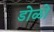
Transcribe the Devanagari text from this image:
डोळो